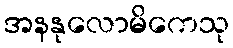
အနနုလောမိကေသု